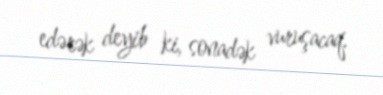
edərək deyib ki, sonadək vuruşacaq.